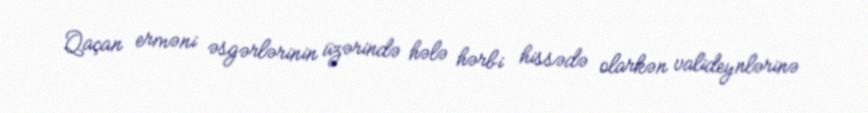
Qaçan erməni əsgərlərinin üzərində hələ hərbi hissədə olarkən valideynlərinə